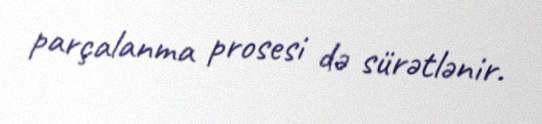
parçalanma prosesi də sürətlənir.